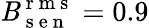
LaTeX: \mathit{B}_{\mathrm{{~s~e~n~}}}^{\mathrm{{~r~m~s~}}}=0.9